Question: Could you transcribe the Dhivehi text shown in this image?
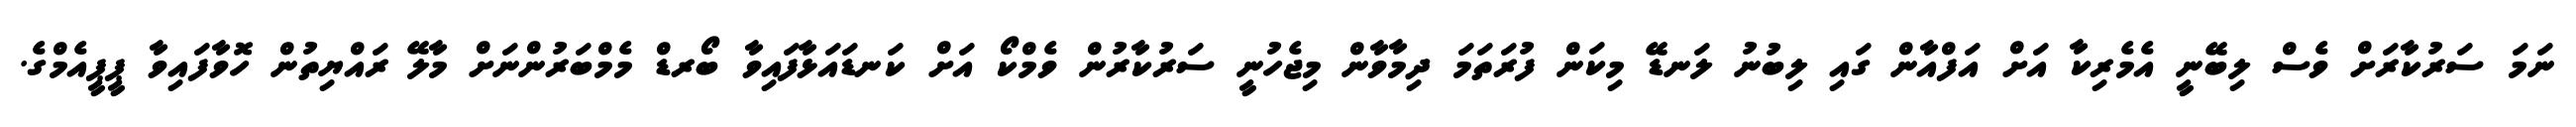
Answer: ނަމަ ސަރުކާރަށް ވެސް ލިބޭނީ އެމެރިކާ އަށް އަފްއާން ގައި ލިބުނު ލަނޑޭ މިކަން ފުރަތަމަ ދިމާވާން މިޖެހުނީ ސަރުކާރުން ވެމްކޯ އަށް ކަނޑައަޅާފައިވާ ބޯރޑް މެމްބަރުންނަށް މާލޭ ރައްޔިތުން ހޮވާފައިވާ ޕީޕީއެމްގެ.